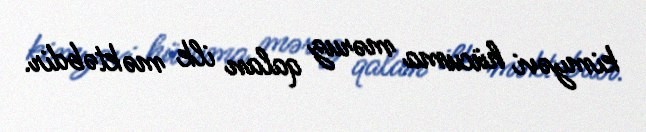
kimyəvi hücuma məruz qalan ilk məktəbdir.